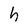
Character: h